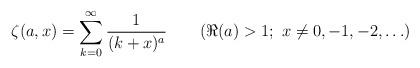
LaTeX: \begin{align*}\zeta(a,x)=\sum_{k=0}^\infty\frac{1}{(k+x)^a}\qquad(\Re(a)>1;\ x\neq 0, -1, -2, \ldots)\end{align*}